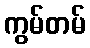
ကွမ်တမ်